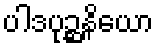
ပါဒပုဉ္ဆနိယော